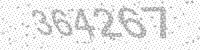
Solution: 364267